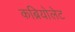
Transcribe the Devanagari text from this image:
कब्रियोलेट